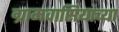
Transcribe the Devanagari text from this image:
ग्रामवासियांच्या